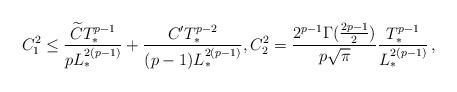
LaTeX: \begin{align*}C^2_1\leq \frac{\widetilde{C}T^{p-1}_*}{p L^{2(p-1)}_*}+\frac{{C^\prime}T^{p-2}_*}{(p-1) L^{2(p-1)}_*}, C^2_2=\frac{2^{p-1}\Gamma(\frac{2p-1}{2})}{p\sqrt{\pi}}\frac{T^{p-1}_*}{L^{2(p-1)}_*}\,,\end{align*}